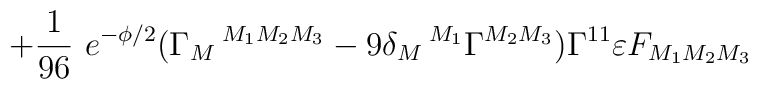
+{1\over 96}~e^{-\phi/2} (\Gamma_M\,^{M_1M_2M_3} - 9\delta_M\,^{M_1}\Gamma^{M_2M_3}) \Gamma^{11} \varepsilon F_{M_1M_2M_3}